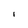
Character: I